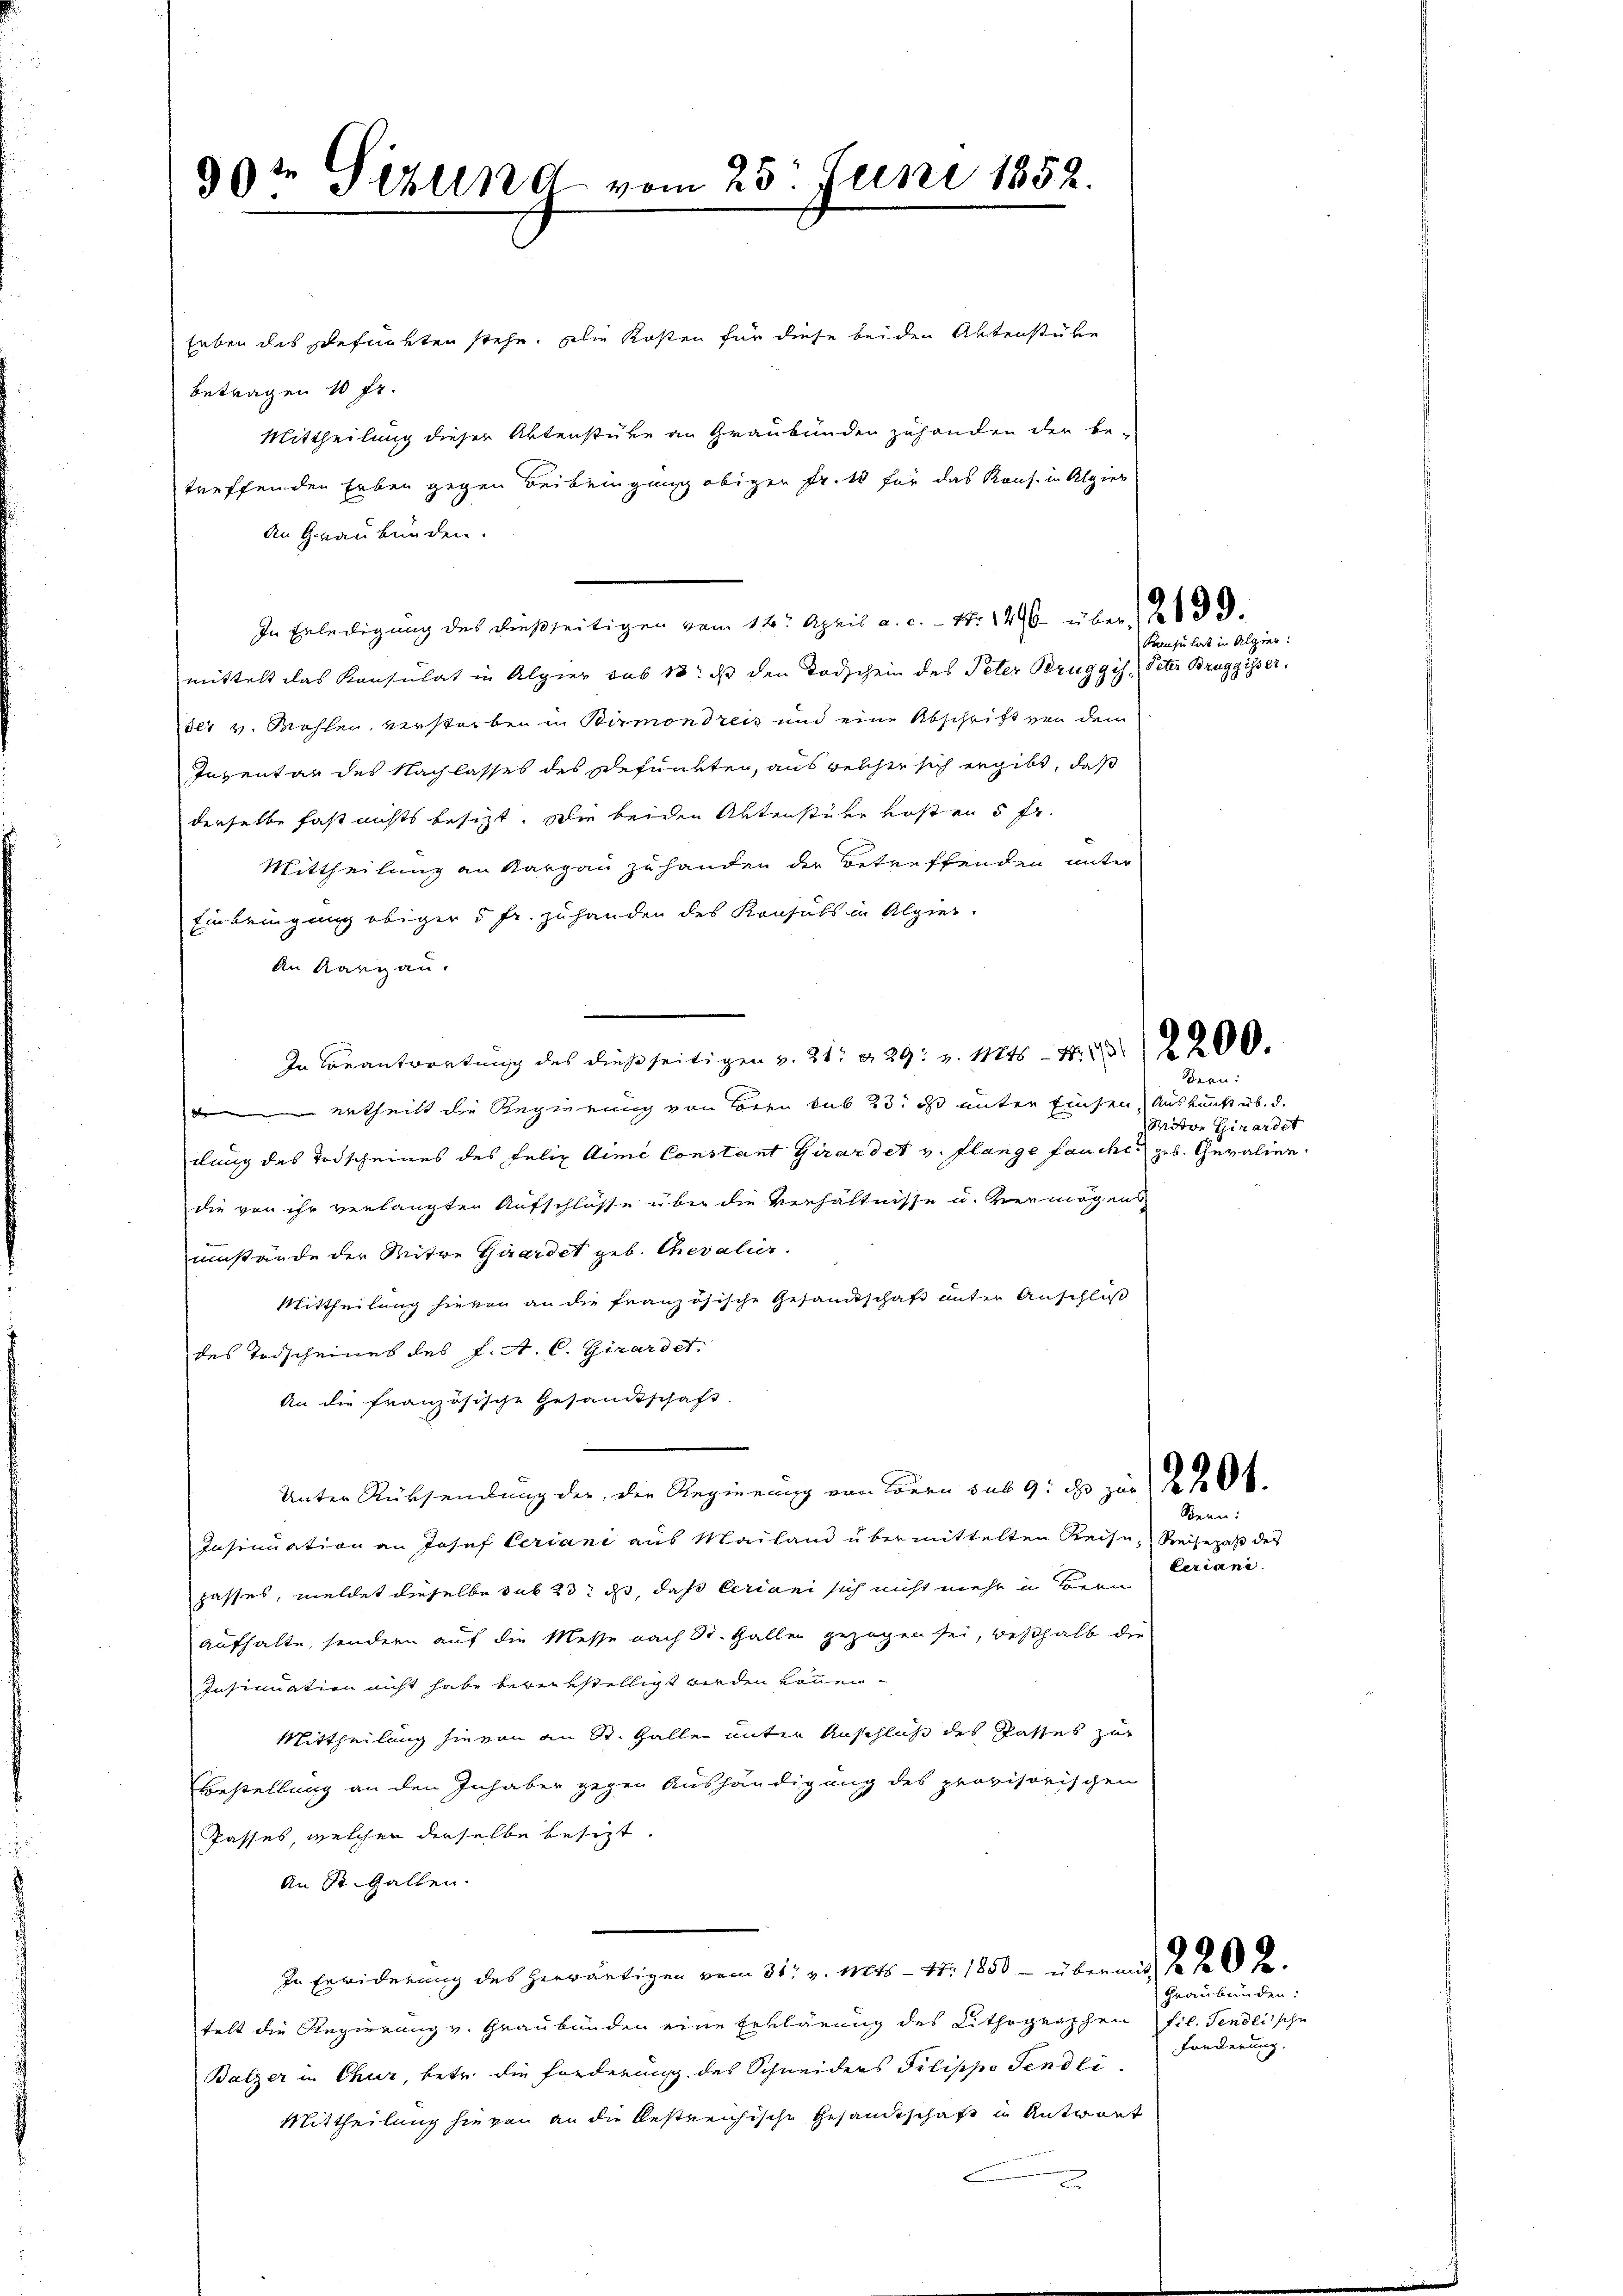
d
30: Sitzung vom 25. Juni 1852.

Erben des Refunkten stehe. Die Kosten für diese beiden Aktenstüke
Betragen 10 fr.
Mittheilung dieser Aktenstüke an Graubünden zuhanden der be-
treffenden Erben gegen Beibringung obigen Fr. 10 für das Kons. in Algier
An Graubünden.
In Erledigung des dießseitigen vom 14. April a. c. - Nr 146 über 129.
mittelt das Konsulat in Alpier sub 18. ds den Todschein des Peter Bruggis Peter Bruggisser,
der v. Wohlen, verstorben in Birmondreis und eine Abschrift von dem
Inventar des Nachlasses des Refunkten, aus welcher sich ergibt, daß
derselbe fast nichts besitzt. Die beiden Aktenstüke kosten 5 fr.
Mittheilung an Aargau zu handen der Betreffenden unter
Einbringung obiger 5 fr. zuhanden des Konsuls in Algier-
An Kargau.
In Beantwortung des dießseitigen v. 21. d. 29. v. Mts - 4. 1200.
Urtheilt die Regierung von Bern sub 23. ds unter Einsen Auskunft üb. d.
dung des Todscheines des Felix Aime Constant Girardet v. Flange fauches geb. Gevalien
die von ihr verlangten Aufschlüsse über die Verhältnisse u. vermögens
umstände der Mitwe Girardet geb. Chevalier.
Mittheilung hievon an die französische Gesandtschaft unter Anschluß
des Todscheines des J. A. C. Girardet.
An die französische Gesandtschaft
Unter Rücksendung der, der Regierung von Bern sub 9: ds zur No 20.
Insinuation an Josef Ceriani aus Mailand übermittelten Reise- Reisepaß des
passes, meldet dieselbe sub 23. ds, daß Ceriani sich nicht mehr in Bern
aufhalte, sondern auf die Messe nach St. Gallen gezogen sei, deshalb die
Insinuation nicht habe bereitstelligt werden können
Mittheilung hievon an St. Gallen unter Anschluß des Pathes zur
Bestellung an den Inhaber gegen Aushändigung des provisorischen
Passes, welchen derselbe besizt.
An St. Gallen.
In Erwiderung des herwärtigen vom 31. v. Mts. - 4. 1850 – übermit, da das Retelt die Regierung v. Graubünden eine Erklärung des Lithographen fil. Sendlische
Balzer in Chur, betr. die Forderung des Schneiders Pilippo Sendli¬
Mittheilung hievon an die bestreichische Gesandtschaft in Antwort

Peusulat in Algier

dern:
Miton Girardet

Bern:
teriane.

Graubünden
Fonderung.